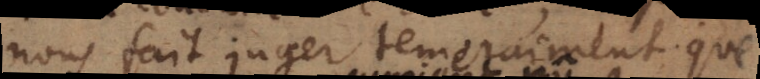
nous fait juger temerairement que